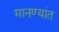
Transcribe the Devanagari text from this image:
मानण्यांत